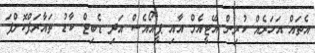
އެތައް އަހަރެއް ކުރިން އޭޓީއެމް އާއި ޕީއޯއެސް އަދި ޑެބިޓް ކާޑު ތައާރަފްކޮށްފަ